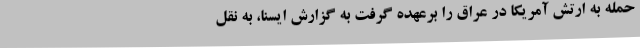
حمله به ارتش آمریکا در عراق را برعهده گرفت به گزارش ایسنا، به نقل